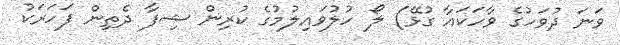
ވަނަ ދުވަހުގެ ވާހަކައާ ގުޅޭ) ލޯ ހުލުވައިލުމުގެ ކުރިން ޝިފާ ދެތިން ފަހަރަކު